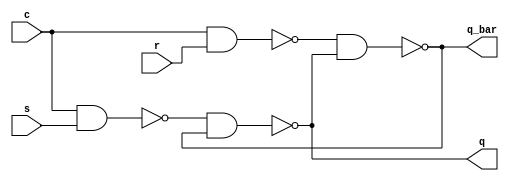
`timescale 1ns / 1ps
//////////////////////////////////////////////////////////////////////////////////
// Company: 
// Engineer: 
// 
// Design Name: 
// Module Name: sr_ff
// Project Name: 
// Target Devices: 
// Tool Versions: 
// Description: 
// 
// Dependencies: 
// 
// Revision:
// Revision 0.01 - File Created
// Additional Comments:
// 
//////////////////////////////////////////////////////////////////////////////////


module sr_ff(
    input s,r,c,
    output q,q_bar
    );
    
     wire w1,w2;
     
    nand a_1(w1,c,s);
    nand a_2(w2,c,r);
    nand a_3(q,w1,q_bar);
    nand a_4(q_bar,w2,q);
    
endmodule